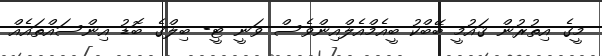
މީގެ އިތުރުން ޤައުމީ ބޭބްކު ބީއެމްއެލްއިންވެސް ވަނީ ޓީ- ބިލްގެ ބޮޑު އިންސައްތައެއް